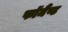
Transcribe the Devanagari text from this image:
फॉर्मैण्ट